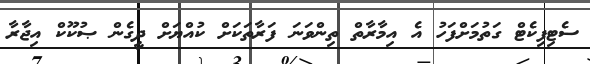
ސެޓިފިކެޓް ގަތުމަށްފަހު އެ އިމާރާތް ތިންވަނަ ފަރާތަކަށް ކުއްޔަށް ދީގެން ޞުުކޫކް އިޖާރާ